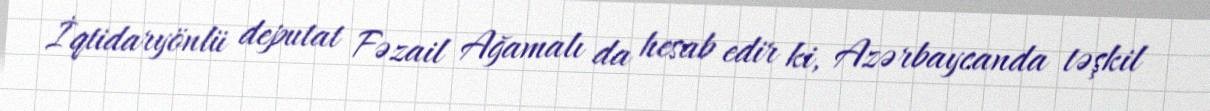
İqtidaryönlü deputat Fəzail Ağamalı da hesab edir ki, Azərbaycanda təşkil